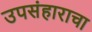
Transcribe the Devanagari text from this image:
उपसंहाराचा